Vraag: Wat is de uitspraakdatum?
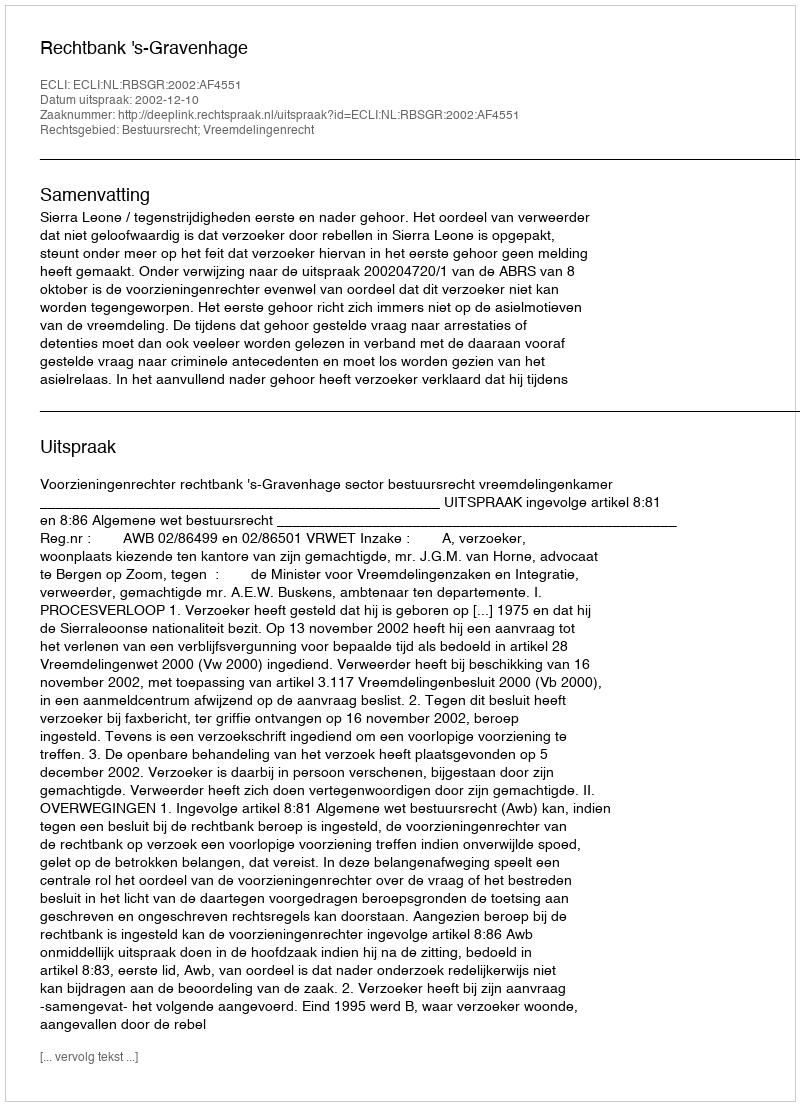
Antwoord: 2002-12-10